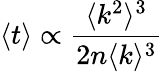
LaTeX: \langle t\rangle\propto\frac{\langle k^{2}\rangle^{3}}{2n\langle k\rangle^{3}}